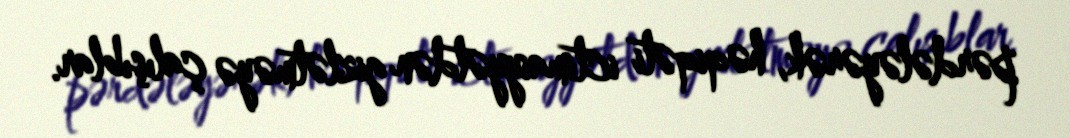
pərdələyərək, həqiqəti ictimaiyyətdən gizlətməyə çalışıblar.